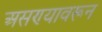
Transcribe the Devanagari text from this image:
असण्यावरून